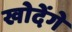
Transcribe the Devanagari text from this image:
खोदेंगे